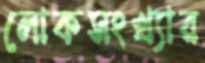
লোকসংখ্যার